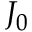
J _ { 0 }